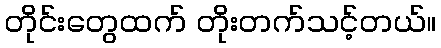
တိုင်းတွေထက် တိုးတက်သင့်တယ်။